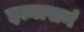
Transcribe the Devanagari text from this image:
इत्यासनं